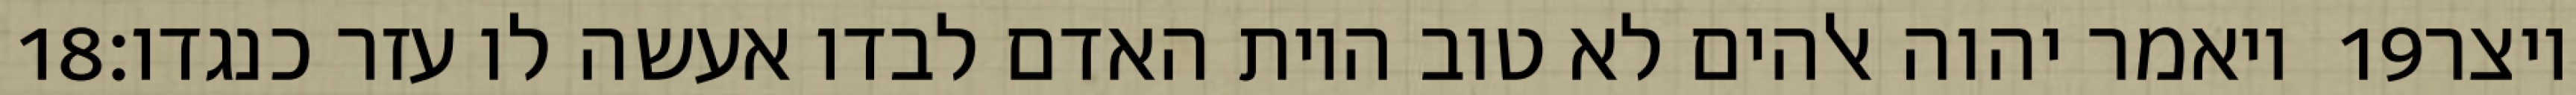
‎18‏ ויאמר יהוה אלהים לא טוב היות האדם לבדו אעשה לו עזר כנגדו׃ ‎19‏ ויצר